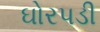
ઘોરપડી